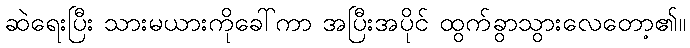
ဆဲရေးပြီး သားမယားကိုခေါ်ကာ အပြီးအပိုင် ထွက်ခွာသွားလေတော့၏။